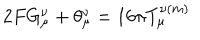
2 F G _ { \mu } ^ { \nu } + \theta _ { \mu } ^ { \nu } = 1 6 \pi T _ { \mu } ^ { \nu ( m ) }